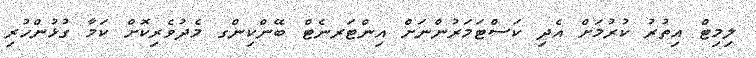
ލިމިޓް އިތުރު ކުރުމަށް އެދި ކަސްޓަމަރުންނަށް އިންޓަރނެޓް ބޭންކިންގ މެދުވެރިކޮށް ކަމާ ގުޅުންހުރި